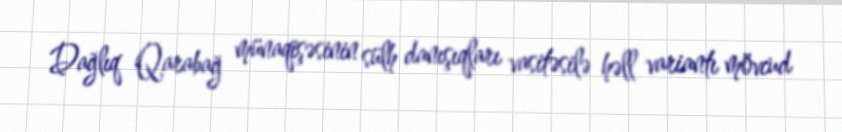
Dağlıq Qarabağ münaqişəsinin sülh danışıqları vasitəsilə həll variantı mövcud